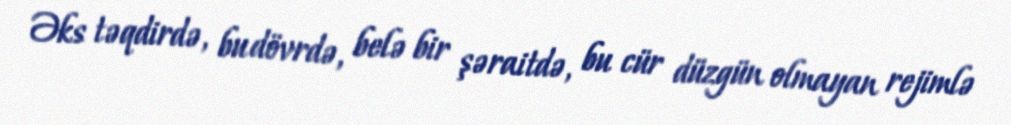
Əks təqdirdə, bu dövrdə, belə bir şəraitdə, bu cür düzgün olmayan rejimlə